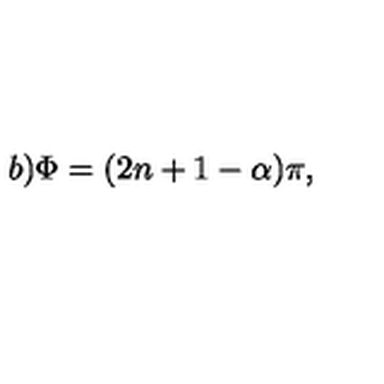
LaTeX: b ) \Phi = ( 2 n + 1 - \alpha ) \pi ,